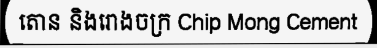
តោន និងរោងចក្រ Chip Mong Cement